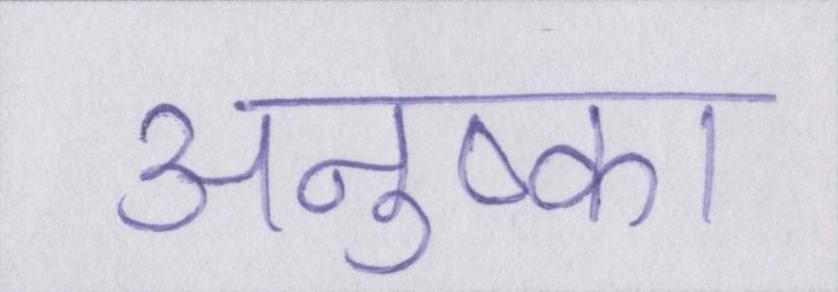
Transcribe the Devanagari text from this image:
अनुष्का